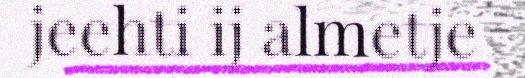
jeehti ij almetje